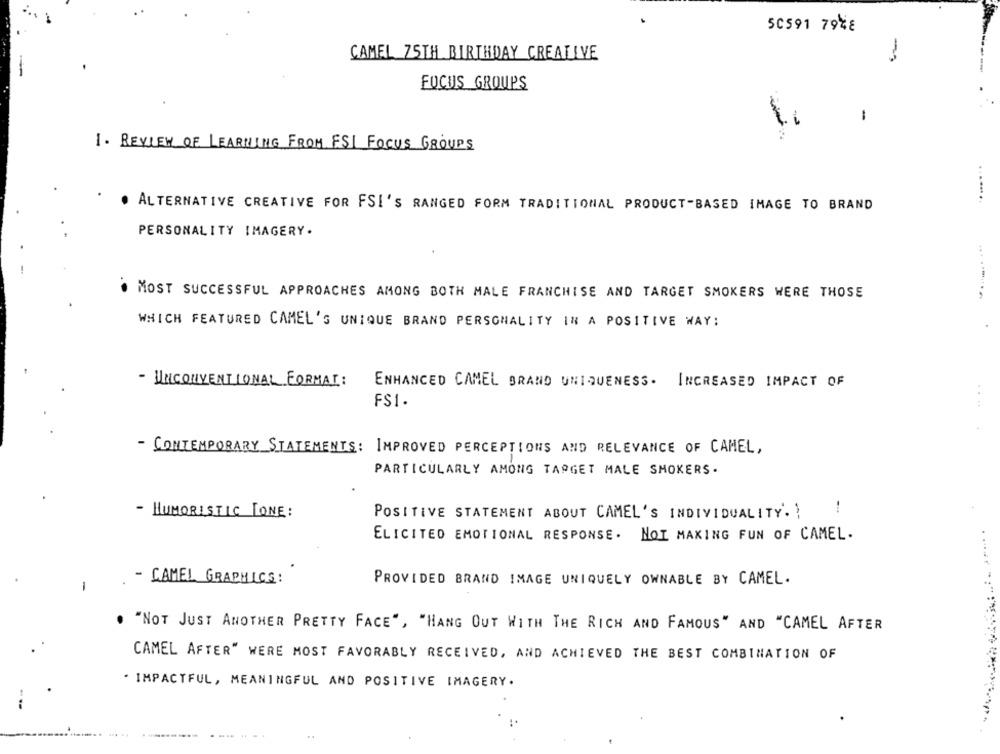
50591 7948
CAMEL 75TH BIRTHDAY CREATIVE
FOCUS GROUPS
-
1. REVIEW OF LEARNING FROM ESI FOCUS GROUPS
ALTERNATIVE CREATIVE FOR FSI'S RANGED FORM TRADITIONAL PRODUCT-BASED IMAGE TO BRAND
PERSONALITY IMAGERY.
... .......
MOST SUCCESSFUL APPROACHES AMONG BOTH MALE FRANCHISE AND TARGET SMOKERS WERE THOSE
WHICH FEATURED CAMEL'S UNIQUE BRAND PERSONALITY IN A POSITIVE WAY:
- UNCONVENTIONAL FORMAI:
ENHANCED CAMEL BRAND UNIQUENESS. INCREASED IMPACT OF
FS1.
....
- CONTEMPORARY STATEMENTS: IMPROVED PERCEPTIONS AND RELEVANCE OF CAMEL,
PARTICULARLY AMONG TARGET MALE SMOKERS .
- HUMORISTIC [ONE:
POSITIVE STATEMENT ABOUT CAMEL'S INDIVIDUALITY'. !
ELICITED EMOTIONAL RESPONSE. NOT MAKING FUN OF CAMEL.
- CAMEL GRAPHICS:
PROVIDED BRAND IMAGE UNIQUELY OWNABLE BY CAMEL.
-
. "NOT JUST ANOTHER PRETTY FACE", "HANG OUT WITH THE RICH AND FAMOUS" AND "CAMEL AFTER
CAMEL AFTER" WERE MOST FAVORABLY RECEIVED, AND ACHIEVED THE BEST COMBINATION OF
. IMPACTFUL, MEANINGFUL AND POSITIVE IMAGERY.